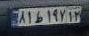
۸۱ط۱۹۷۱۲